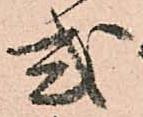
式